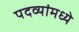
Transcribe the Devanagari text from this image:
पदव्यांमध्ये